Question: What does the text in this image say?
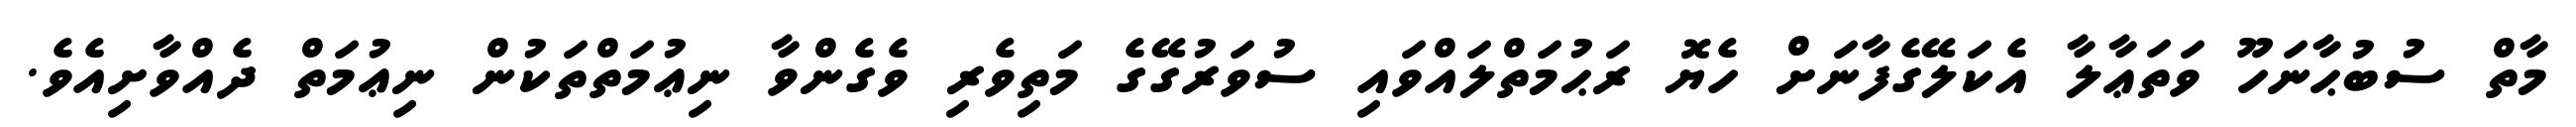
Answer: މާތް ސުބުޙާނަހޫ ވަތަޢާލާ އެކަލޭގެފާނަށް ހެޔޮ ރަޙުމަތްލައްވައި ސުވަރުގޭގެ މަތިވެރި ވެގެންވާ ނިޢުމަތްތަކުން ނިޢުމަތް ދެއްވާށިއެވެ.